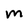
Character: M